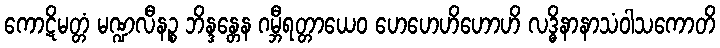
ကောဋိမတ္တံ မဏ္ဍလီနဉ္စ ဘိန္ဒန္တေန ဂမ္ဘီရတ္တာယေဝ ဟေဟေဟိဟောဟိ လဒ္ဓိနာနာသံဝါသကောတိ